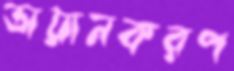
ডায়ানকরপ